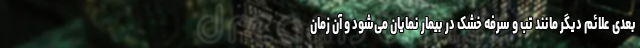
بعدی علائم دیگر مانند تب و سرفه خشک در بیمار نمایان می‌شود و آن زمان